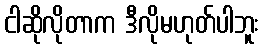
ငါဆိုလိုတာက ဒီလိုမဟုတ်ပါဘူး